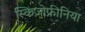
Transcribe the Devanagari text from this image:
स्किज़ोफ्रीनिया